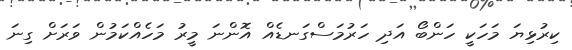
ކިރުޅިޔަ މަހަކީ ހަންބޯ އަދި ހަރުމަސްގަނޑެއް އޮންނަ މީރު މަހެއްކަމުން ވަރަށް ގިނަ